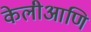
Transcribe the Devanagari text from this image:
केलीआणि